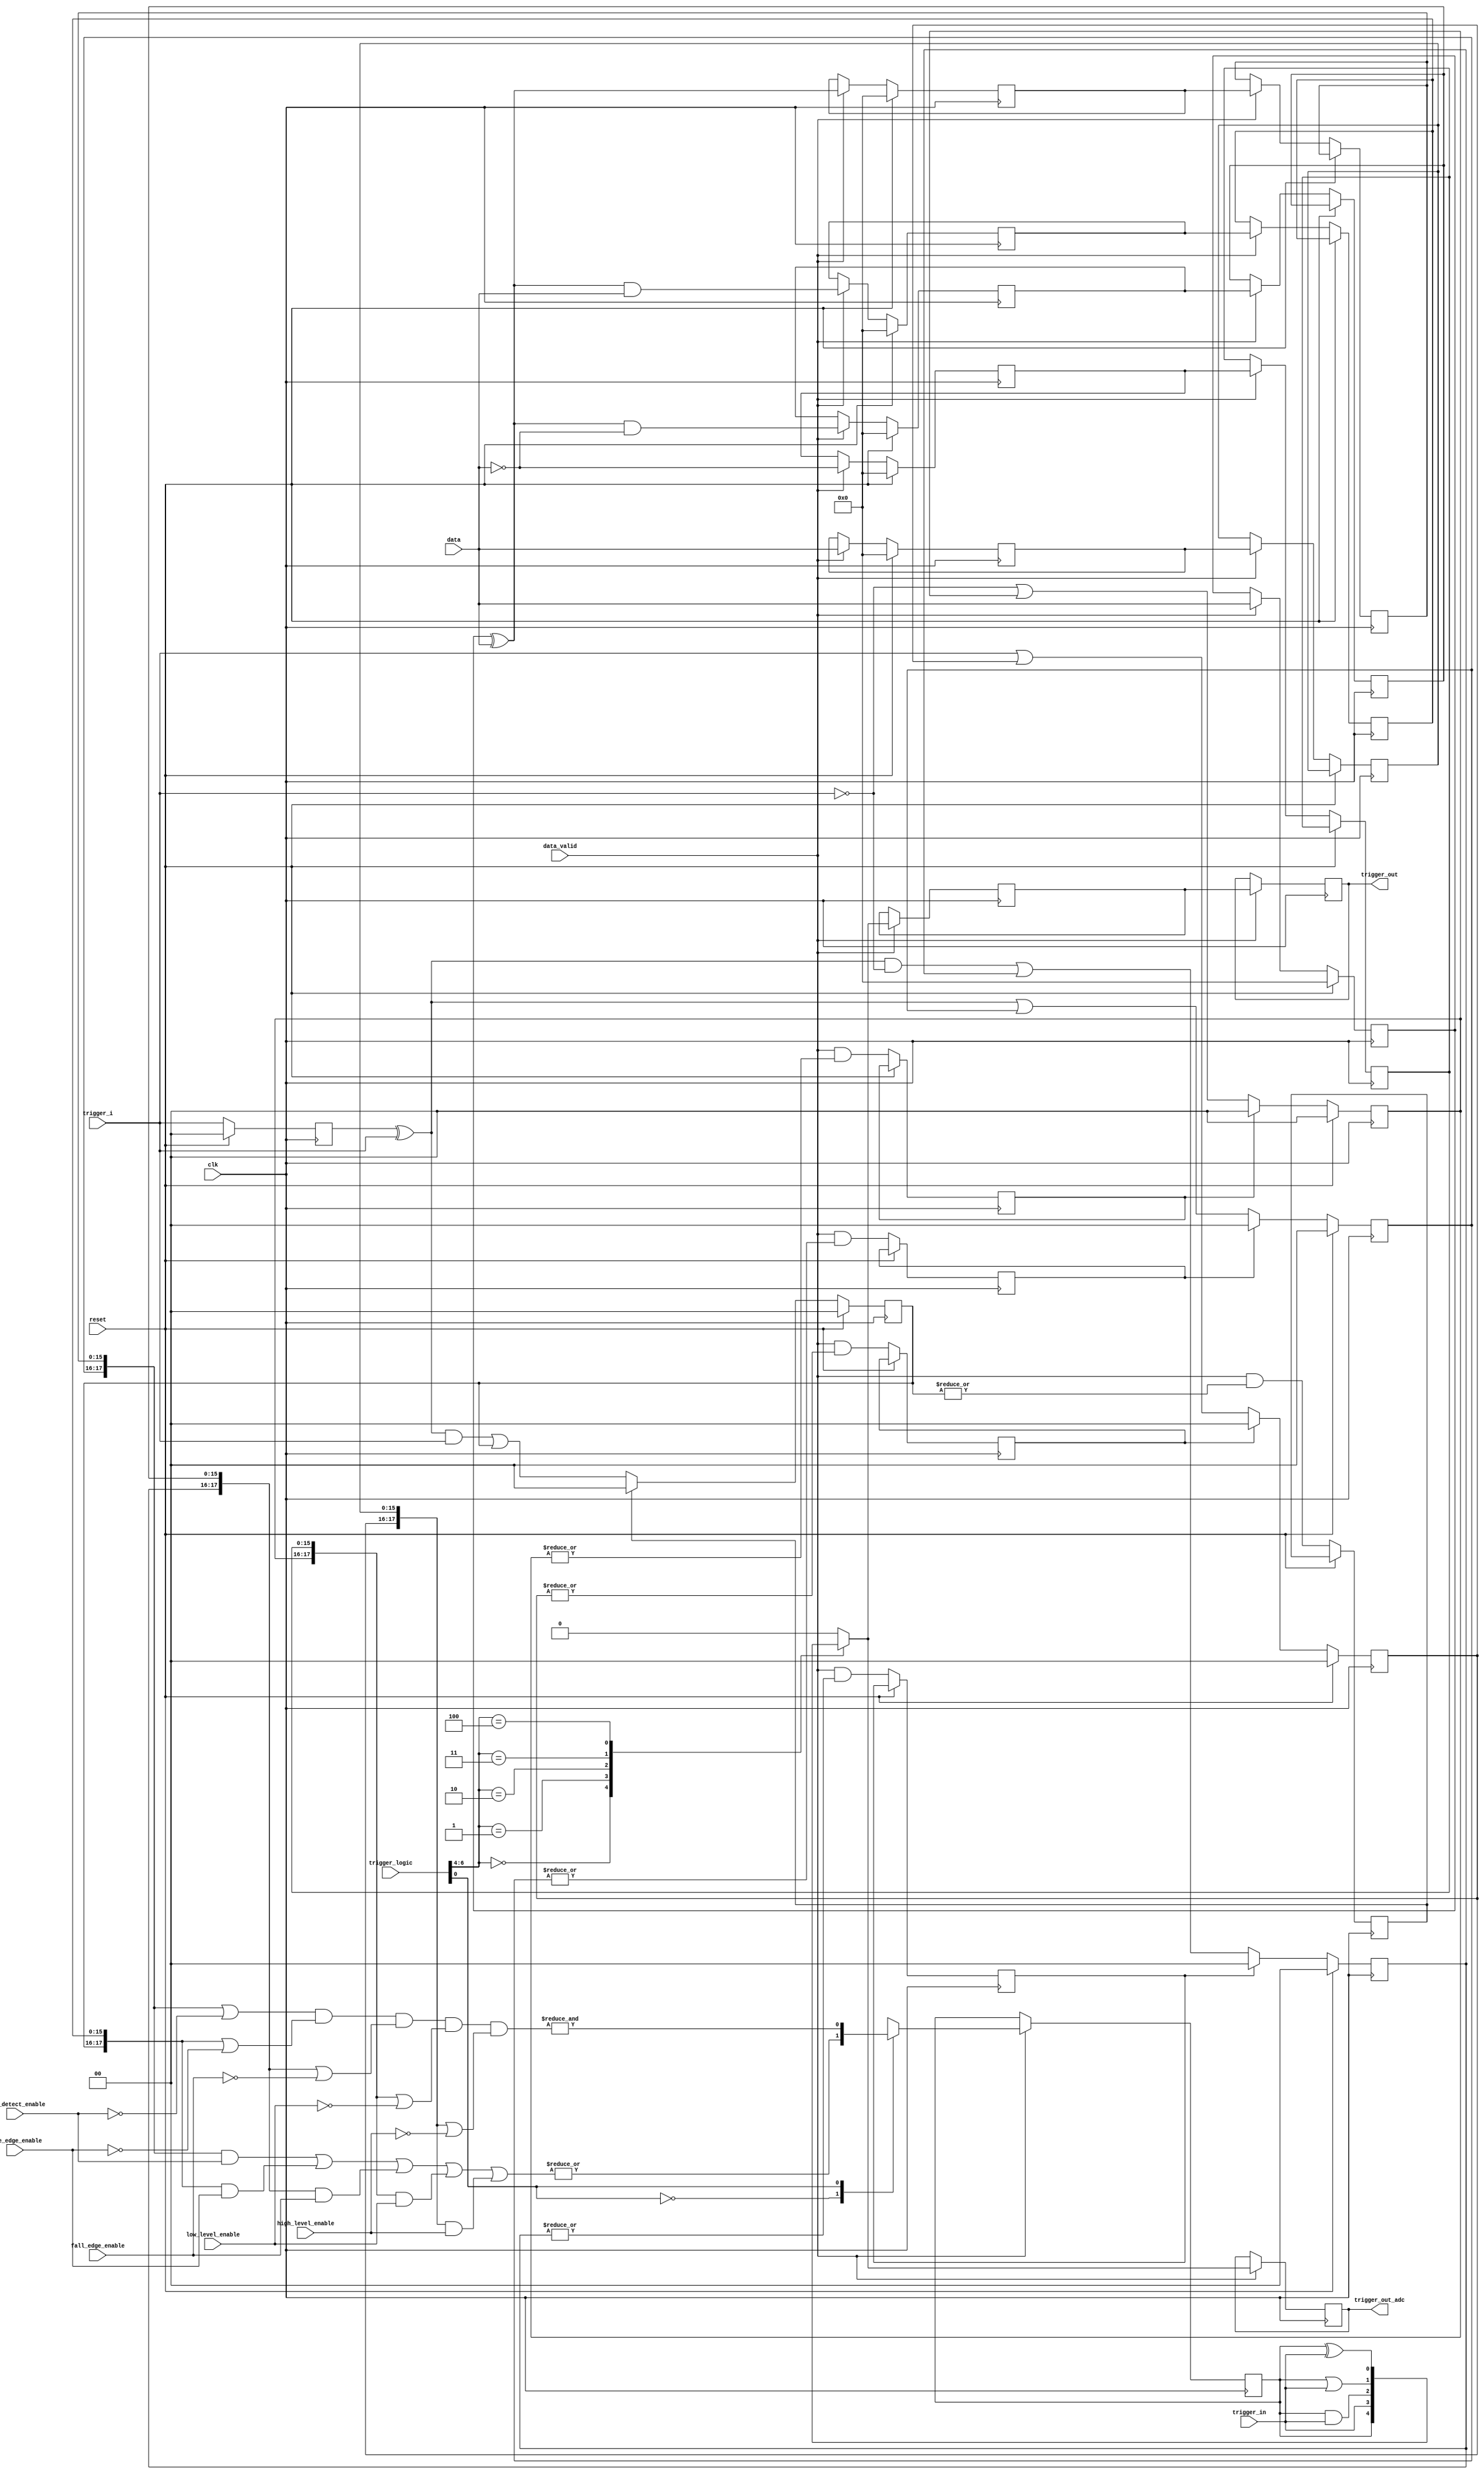
// ***************************************************************************
// ***************************************************************************
// Copyright (C) 2014-2023 Analog Devices, Inc. All rights reserved.
//
// In this HDL repository, there are many different and unique modules, consisting
// of various HDL (Verilog or VHDL) components. The individual modules are
// developed independently, and may be accompanied by separate and unique license
// terms.
//
// The user should read each of these license terms, and understand the
// freedoms and responsibilities that he or she has by using this source/core.
//
// This core is distributed in the hope that it will be useful, but WITHOUT ANY
// WARRANTY; without even the implied warranty of MERCHANTABILITY or FITNESS FOR
// A PARTICULAR PURPOSE.
//
// Redistribution and use of source or resulting binaries, with or without modification
// of this file, are permitted under one of the following two license terms:
//
//   1. The GNU General Public License version 2 as published by the
//      Free Software Foundation, which can be found in the top level directory
//      of this repository (LICENSE_GPL2), and also online at:
//      <https://www.gnu.org/licenses/old-licenses/gpl-2.0.html>
//
// OR
//
//   2. An ADI specific BSD license, which can be found in the top level directory
//      of this repository (LICENSE_ADIBSD), and also on-line at:
//      https://github.com/analogdevicesinc/hdl/blob/master/LICENSE_ADIBSD
//      This will allow to generate bit files and not release the source code,
//      as long as it attaches to an ADI device.
//
// ***************************************************************************
// ***************************************************************************

`timescale 1ns/100ps

module axi_logic_analyzer_trigger (

  input                 clk,
  input                 reset,

  input       [15:0]    data,
  input                 data_valid,
  input       [ 1:0]    trigger_i,
  input                 trigger_in,

  input       [17:0]    edge_detect_enable,
  input       [17:0]    rise_edge_enable,
  input       [17:0]    fall_edge_enable,
  input       [17:0]    low_level_enable,
  input       [17:0]    high_level_enable,

  input       [ 6:0]    trigger_logic,

  output  reg           trigger_out,
  output  reg           trigger_out_adc
);

  reg     [  1:0]   ext_t_m = 'd0;
  reg     [  1:0]   ext_t_low_level_hold = 'd0;
  reg     [  1:0]   ext_t_high_level_hold = 'd0;
  reg     [  1:0]   ext_t_edge_detect_hold = 'd0;
  reg     [  1:0]   ext_t_rise_edge_hold = 'd0;
  reg     [  1:0]   ext_t_fall_edge_hold = 'd0;
  reg               ext_t_low_level_ack = 'd0;
  reg               ext_t_high_level_ack = 'd0;
  reg               ext_t_edge_detect_ack = 'd0;
  reg               ext_t_rise_edge_ack = 'd0;
  reg               ext_t_fall_edge_ack = 'd0;
  reg     [ 15:0]   data_m1 = 'd0;
  reg     [ 15:0]   low_level = 'd0;
  reg     [ 15:0]   high_level = 'd0;
  reg     [ 15:0]   edge_detect = 'd0;
  reg     [ 15:0]   rise_edge = 'd0;
  reg     [ 15:0]   fall_edge = 'd0;
  reg     [ 15:0]   low_level_m = 'd0;
  reg     [ 15:0]   high_level_m = 'd0;
  reg     [ 15:0]   edge_detect_m = 'd0;
  reg     [ 15:0]   rise_edge_m = 'd0;
  reg     [ 15:0]   fall_edge_m = 'd0;

  reg               trigger_active;
  reg               trigger_active_mux;
  reg               trigger_active_d1;

  always @(posedge clk) begin
    if (data_valid == 1'b1) begin
      trigger_active_d1 <= trigger_active_mux;
      trigger_out <= trigger_active_d1;
      trigger_out_adc <= trigger_active_mux;
    end
  end

  // trigger logic:
  // 0 OR
  // 1 AND

  always @(posedge clk) begin
    if (data_valid == 1'b1) begin
      case (trigger_logic[0])
        0: trigger_active = |(({ext_t_edge_detect_hold, edge_detect_m} & edge_detect_enable) |
                              ({ext_t_rise_edge_hold,   rise_edge_m}   & rise_edge_enable) |
                              ({ext_t_fall_edge_hold,   fall_edge_m}   & fall_edge_enable) |
                              ({ext_t_low_level_hold,   low_level_m}   & low_level_enable) |
                              ({ext_t_high_level_hold , high_level_m}  & high_level_enable));
        1: trigger_active = &(({ext_t_edge_detect_hold, edge_detect_m} | ~edge_detect_enable) &
                              ({ext_t_rise_edge_hold,   rise_edge_m}   | ~rise_edge_enable) &
                              ({ext_t_fall_edge_hold,   fall_edge_m}   | ~fall_edge_enable) &
                              ({ext_t_low_level_hold,   low_level_m}   | ~low_level_enable) &
                              ({ext_t_high_level_hold , high_level_m}  | ~high_level_enable));
        default: trigger_active = 1'b1;
      endcase
    end
  end

  always @(*) begin
    case (trigger_logic[6:4])
      3'd0: trigger_active_mux = trigger_active;
      3'd1: trigger_active_mux = trigger_in;
      3'd2: trigger_active_mux = trigger_active & trigger_in;
      3'd3: trigger_active_mux = trigger_active | trigger_in;
      3'd4: trigger_active_mux = trigger_active ^ trigger_in;
      3'd7: trigger_active_mux = 1'b0; // trigger disable
      default: trigger_active_mux = 1'b0;
    endcase
  end

  always @(posedge clk) begin
    if (reset == 1'b1) begin
      data_m1 <= 'd0;
      edge_detect <= 'd0;
      rise_edge <= 'd0;
      fall_edge <= 'd0;
      low_level <= 'd0;
      high_level <= 'd0;
    end else begin
      if (data_valid == 1'b1) begin
        data_m1 <=  data;
        edge_detect <=  data_m1 ^ data;
        rise_edge   <= (data_m1 ^ data) & data;
        fall_edge   <= (data_m1 ^ data) & ~data;
        low_level   <= ~data;
        high_level  <= data;

        edge_detect_m <= edge_detect;
        rise_edge_m   <= rise_edge;
        fall_edge_m   <= fall_edge;
        low_level_m   <= low_level;
        high_level_m  <= high_level;
      end
    end
  end

  // external trigger detect

  always @(posedge clk) begin
    if (reset == 1'b1) begin
      ext_t_m <= 'd0;
      ext_t_edge_detect_hold <= 'd0;
      ext_t_rise_edge_hold <= 'd0;
      ext_t_fall_edge_hold <= 'd0;
      ext_t_low_level_hold <= 'd0;
      ext_t_high_level_hold <= 'd0;
    end else begin
      ext_t_m <=  trigger_i;

      ext_t_edge_detect_hold <= ext_t_edge_detect_ack ? 2'b0 :
                                (ext_t_m ^ trigger_i) | ext_t_edge_detect_hold;
      ext_t_rise_edge_hold   <= ext_t_rise_edge_ack   ? 2'b0 :
                                ((ext_t_m ^ trigger_i) & trigger_i) | ext_t_rise_edge_hold;
      ext_t_fall_edge_hold   <= ext_t_fall_edge_ack   ? 2'b0 :
                                ((ext_t_m ^ trigger_i) & ~trigger_i) | ext_t_fall_edge_hold;
      ext_t_low_level_hold   <= ext_t_low_level_ack   ? 2'b0 :
                                (~trigger_i) | ext_t_low_level_hold;
      ext_t_high_level_hold  <= ext_t_high_level_ack  ? 2'b0 :
                                (trigger_i) | ext_t_high_level_hold;

      ext_t_edge_detect_ack <= data_valid & ( |ext_t_edge_detect_hold);
      ext_t_rise_edge_ack   <= data_valid & ( |ext_t_rise_edge_hold);
      ext_t_fall_edge_ack   <= data_valid & ( |ext_t_fall_edge_hold);
      ext_t_low_level_ack   <= data_valid & ( |ext_t_low_level_hold);
      ext_t_high_level_ack  <= data_valid & ( |ext_t_high_level_hold);
    end
  end

endmodule